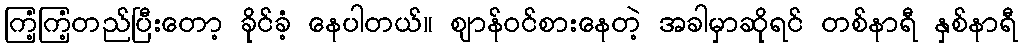
ကြံ့ကြံ့တည်ပြီးတော့ ခိုင်ခံ့ နေပါတယ်။ ဈာန်ဝင်စားနေတဲ့ အခါမှာဆိုရင် တစ်နာရီ နှစ်နာရီ